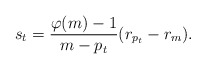
\begin{align*}s_t=\frac{\varphi(m)-1}{m-p_t}(r_{p_t}-r_m).\end{align*}